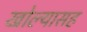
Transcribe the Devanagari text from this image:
खोल्यासह